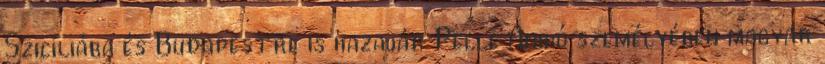
Szicíliába és Budapestre is hazajár Pelle Anikó személyében magyar